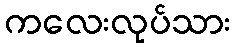
ကလေးလုပ်သား